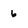
Character: 6